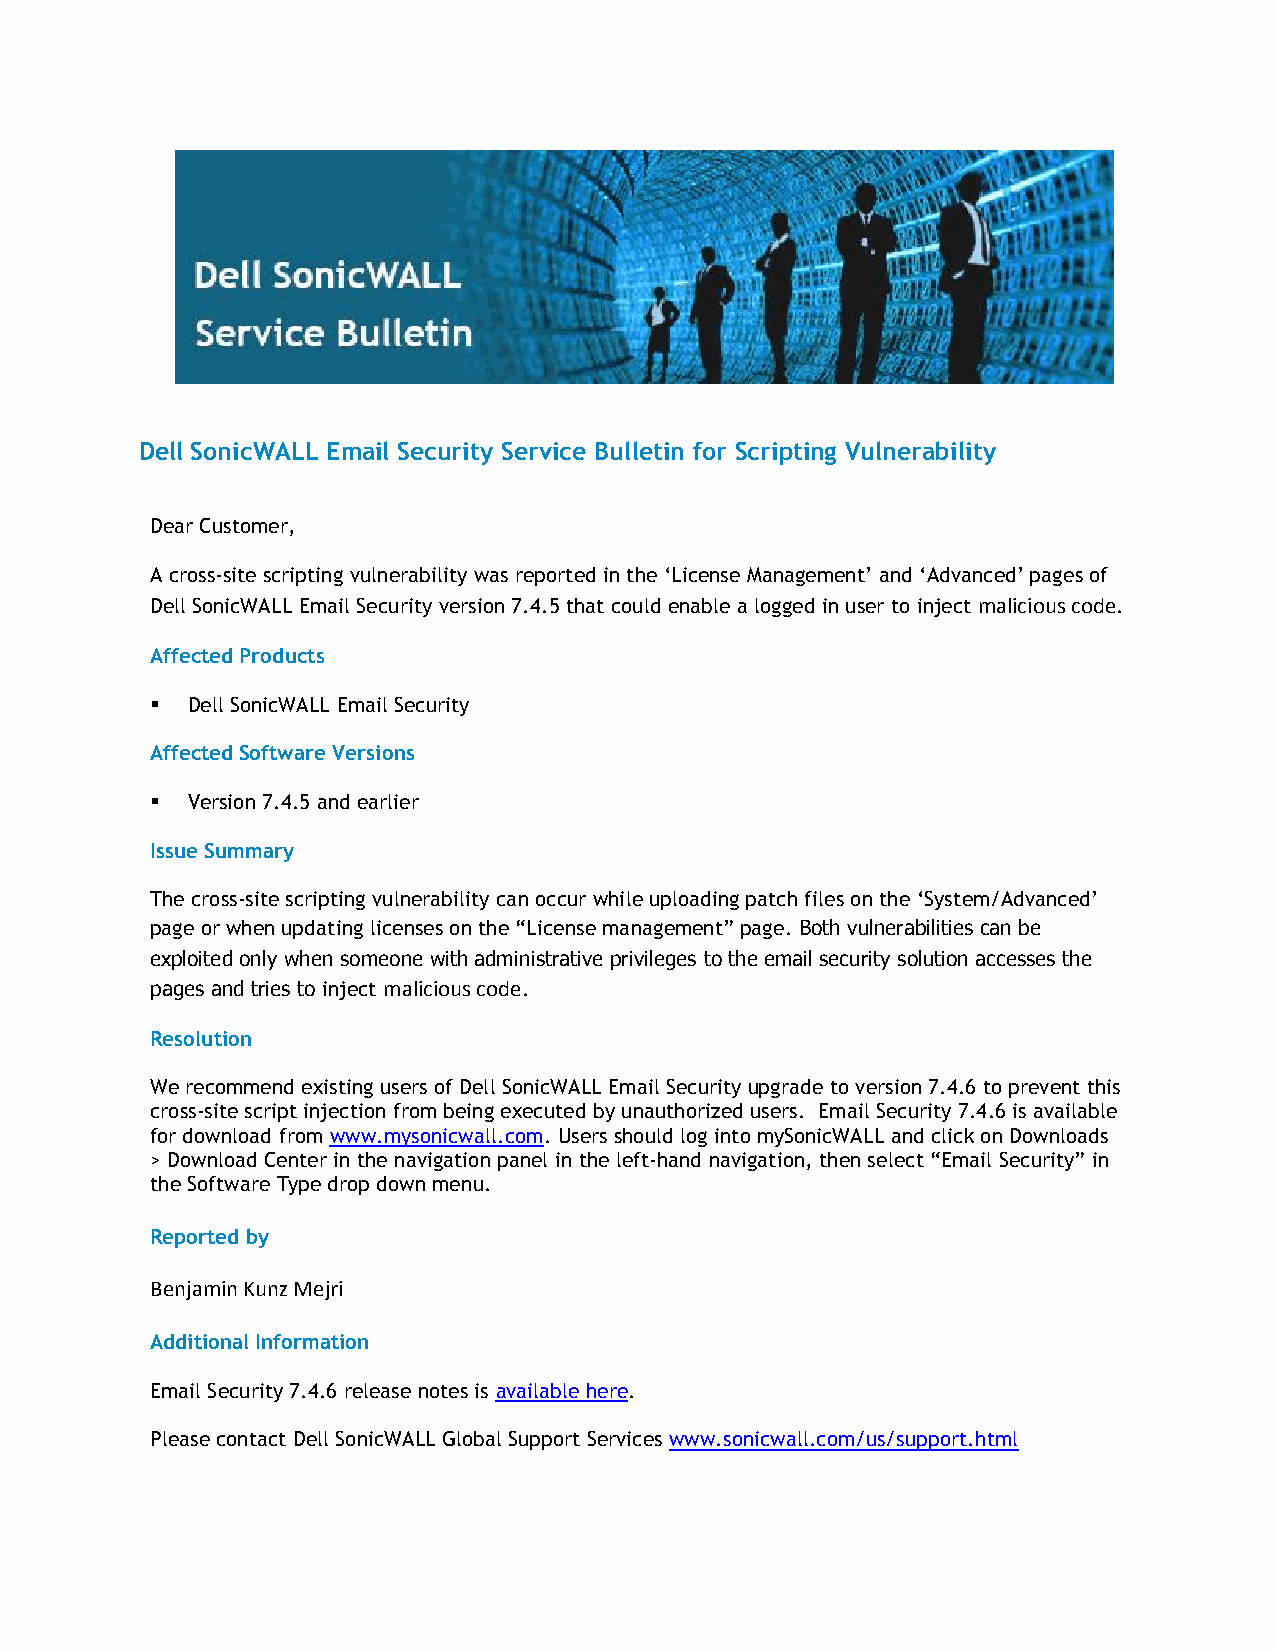
Dell SonicWALL Email Security Service Bulletin for Scripting Vulnerability
 Dear Customer,
 A cross-site scripting vulnerability was reported in the ‘License Management’ and ‘Advanced’ pages of
 Dell SonicWALL Email Security version 7.4.5 that could enable a logged in user to inject malicious code.
 Affected Products
  Dell SonicWALL Email Security
 Affected Software Versions
  Version 7.4.5 and earlier
 Issue Summary
 The cross-site scripting vulnerability can occur while uploading patch files on the ‘System/Advanced’
 page or when updating licenses on the “License management” page. Both vulnerabilities can be
 exploited only when someone with administrative privileges to the email security solution accesses the
 pages and tries to inject malicious code.
 Resolution
 We recommend existing users of Dell SonicWALL Email Security upgrade to version 7.4.6 to prevent this
 cross-site script injection from being executed by unauthorized users. Email Security 7.4.6 is available
 for download from www.mysonicwall.com. Users should log into mySonicWALL and click on Downloads
 > Download Center in the navigation panel in the left-hand navigation, then select “Email Security” in
 the Software Type drop down menu.
 Reported by
 Benjamin Kunz Mejri
 Additional Information
 Email Security 7.4.6 release notes is available here.
 Please contact Dell SonicWALL Global Support Services www.sonicwall.com/us/support.html